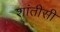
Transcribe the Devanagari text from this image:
शांतीसी